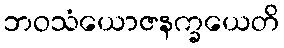
ဘဝသံယောဇနက္ခယေတိ